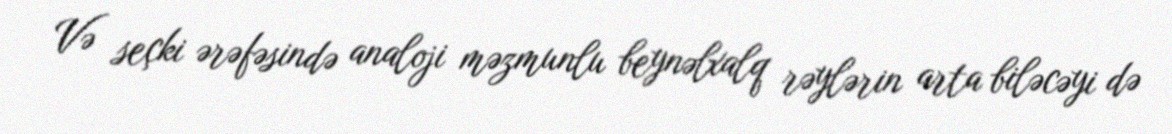
Və seçki ərəfəsində analoji məzmunlu beynəlxalq rəylərin arta biləcəyi də